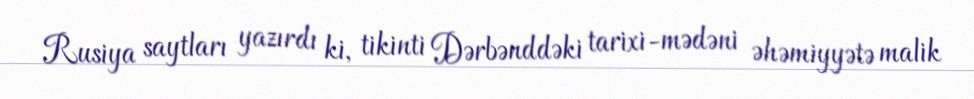
Rusiya saytları yazırdı ki, tikinti Dərbənddəki tarixi-mədəni əhəmiyyətə malik